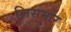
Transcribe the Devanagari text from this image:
लिसमोर